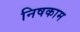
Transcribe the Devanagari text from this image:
निषकाम